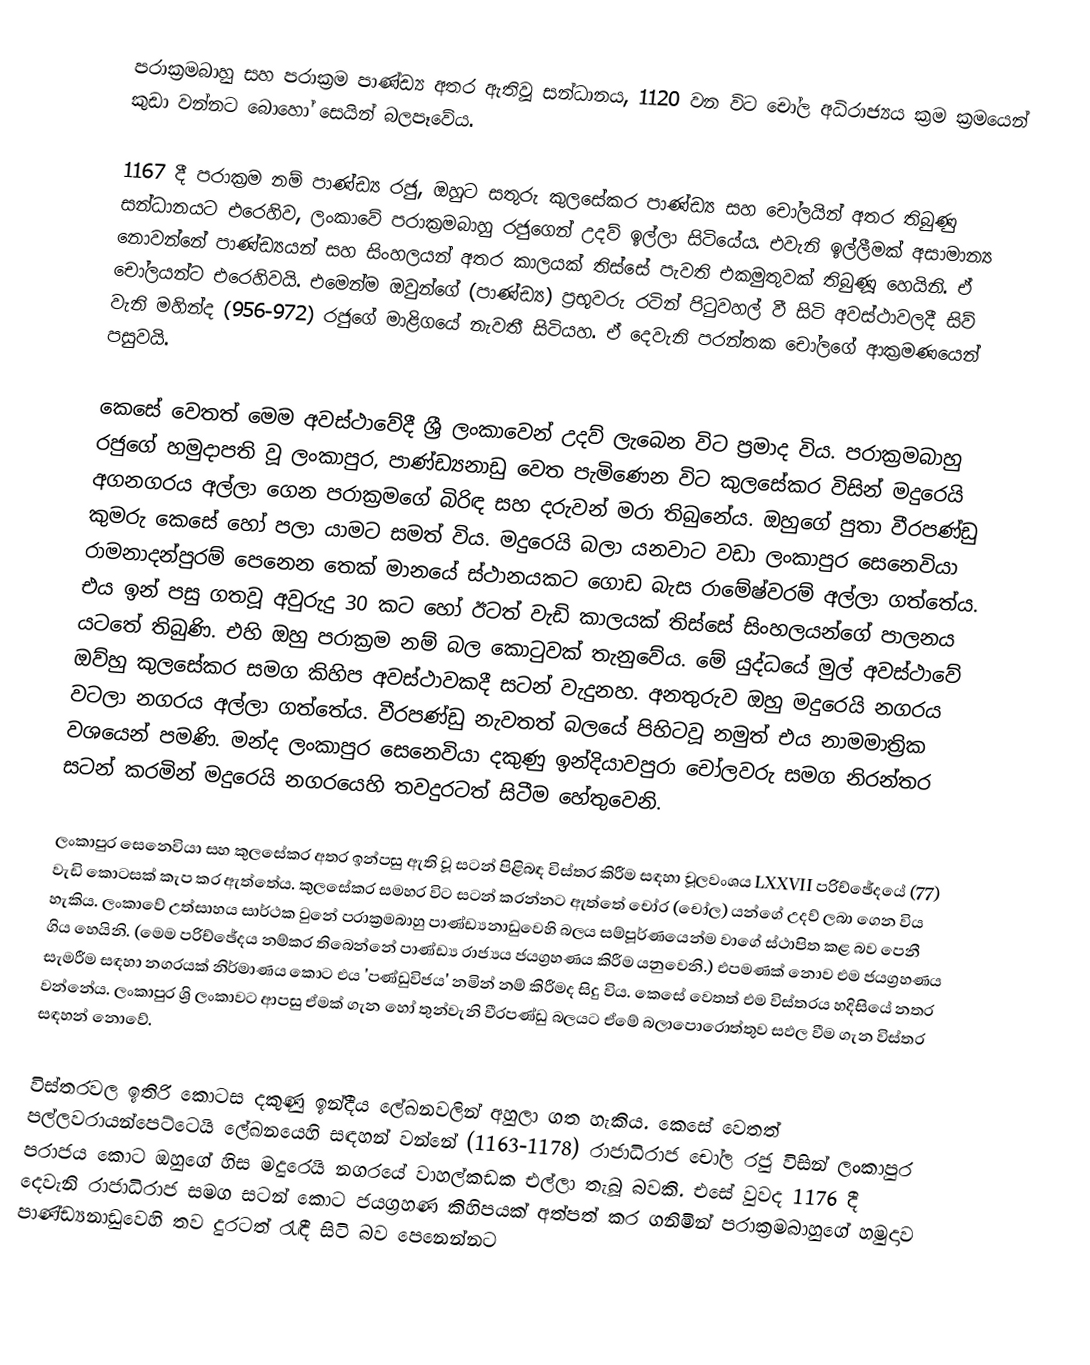
පරාක්‍රමබාහු සහ පරාක්‍රම පාණ්ඩ්‍ය අතර ඇතිවූ සන්ධානය, 1120 වන විට චෝල අධිරාජ්‍යය ක්‍රම ක්‍රමයෙන් කුඩා වන්නට බොහෝ සෙයින් බලපෑවේය.

1167 දී පරාක්‍රම නම් පාණ්ඩ්‍ය රජු, ඔහුට  සතුරු කුලසේකර පාණ්ඩ්‍ය සහ චෝලයින් අතර තිබුණු සන්ධානයට එරෙහිව, ලංකාවේ පරාක්‍රමබාහු රජුගෙන් උදව් ඉල්ලා සිටියේය. එවැනි ඉල්ලීමක් අසාමාන්‍ය නොවන්නේ පාණ්ඩ්‍යයන් සහ සිංහලයන් අතර කාලයක් තිස්සේ පැවති එකමුතුවක් තිබුණූ හෙයිනි. ඒ චෝලයන්ට එරෙහිවයි. එමෙන්ම ඔවුන්ගේ (පාණ්ඩ්‍ය) ප්‍රභූවරු රටින් පිටුවහල් වී සිටි අවස්ථාවලදී සිව් වැනි මහින්ද (956-972) රජුගේ මාළිගයේ නැවතී සිටියහ. ඒ දෙවැනි පරන්තක චෝලගේ ආක්‍රමණයෙන් පසුවයි.

කෙසේ වෙතත් මෙම අවස්ථාවේදී ශ්‍රී ලංකාවෙන් උදව් ලැබෙන විට ප්‍රමාද විය. පරාක්‍රමබාහු රජුගේ හමුදාපති වූ ලංකාපුර, පාණ්ඩ්‍යනාඩු වෙත පැමිණෙන විට කුලසේකර විසින් මදුරෙයි අගනගරය අල්ලා ගෙන පරාක්‍රමගේ බිරිඳ සහ දරුවන් මරා තිබුනේය. ඔහුගේ පුතා වීරපණ්ඩු කුමරු කෙසේ හෝ පලා යාමට සමත් විය. මදුරෙයි බලා යනවාට වඩා ලංකාපුර සෙනෙවියා රාමනාදන්පුරම් පෙනෙන තෙක් මානයේ ස්ථානයකට ගොඩ බැස රාමේෂ්වරම් අල්ලා ගත්තේය. එය ඉන් පසු ගතවූ අවුරුදු 30 කට හෝ ඊටත් වැඩි කාලයක් තිස්සේ සිංහලයන්ගේ පාලනය යටතේ තිබුණි. එහි ඔහු පරාක්‍රම නම් බල කොටුවක් තැනුවේය. මේ යුද්ධයේ මුල් අවස්ථාවේ ඔව්හු කුලසේකර සමග කිහිප අවස්ථාවකදී සටන් වැදුනහ. අනතුරුව ඔහු මදුරෙයි නගරය වටලා නගරය අල්ලා ගත්තේය. වීරපණ්ඩු නැවතත් බලයේ පිහිටවූ නමුත් එය නාමමාත්‍රික වශයෙන් පමණි. මන්ද ලංකාපුර සෙනෙවියා දකුණු ඉන්දියාවපුරා චෝලවරු සමග නිරන්තර සටන් කරමින් මදුරෙයි නගරයෙහි තවදුරටත් සිටීම හේතුවෙනි.

ලංකාපුර සෙනෙවියා සහ කුලසේකර අතර ඉන්පසු ඇති වූ සටන් පිළිබඳ විස්තර කිරීම සඳහා චූලවංශය LXXVII පරිච්ඡේදයේ (77) වැඩි කොටසක් කැප කර ඇත්තේය. කුලසේකර සමහර විට සටන් කරන්නට ඇත්තේ චෝර (චෝල) යන්ගේ උදව් ලබා ගෙන විය හැකිය. ලංකාවේ උත්සාහය සාර්ථක වුනේ පරාක්‍රමබාහු පාණ්ඩ්‍යනාඩුවෙහි බලය සම්පූර්ණයෙන්ම වාගේ ස්ථාපිත කළ බව පෙනී ගිය හෙයිනි. (මෙම පරිච්‍ඡේදය නම්කර තිබෙන්නේ පාණ්ඩ්‍ය රාජ්‍යය ජයග්‍රහණය කිරීම යනුවෙනි.) එපමණක් නොව එම ජයග්‍රහණය සැමරීම සඳහා නගරයක් නිර්මාණය කොට එය 'පණ්ඩුවිජය' නමින් නම් කිරීමද සිදු විය. කෙසේ වෙතත් එම විස්තරය හදිසියේ නතර වන්නේය. ලංකාපුර ශ්‍රි ලංකාවට ආපසු ඒමක් ගැන හෝ තුන්වැනි වීරපණ්ඩු බලයට ඒමේ බලාපොරොත්තුව සඵල වීම ගැන විස්තර සඳහන් නොවේ.

විස්තරවල ඉතිරි කොටස දකුණු ඉන්දීය ලේඛනවලින් අහුලා ගත හැකිය. කෙසේ වෙතත් පල්ලවරායන්පෙට්ටෙයි ලේඛනයෙහි සඳහන් වන්නේ (1163-1178) රාජාධිරාජ චෝල රජු විසින් ලංකාපුර පරාජය කොට ඔහුගේ හිස මදුරෙයි නගරයේ වාහල්කඩක එල්ලා තැබූ බවකි. එසේ වුවද 1176 දී දෙවැනි රාජාධිරාජ සමග සටන් කොට ජයග්‍රහණ කිහිපයක් අත්පත් කර ගනිමින් පරාක්‍රමබාහුගේ හමුදාව පාණ්ඩ්‍යනාඩුවෙහි තව දුරටත් රැඳී සිටි බව පෙනෙන්නට